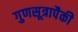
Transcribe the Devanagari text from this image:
गुणसूत्रापैकी